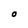
Character: O